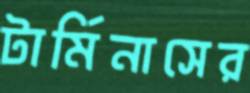
টার্মিনাসের